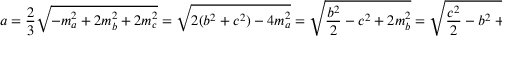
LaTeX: a = { \frac { 2 } { 3 } } { \sqrt { - m _ { a } ^ { 2 } + 2 m _ { b } ^ { 2 } + 2 m _ { c } ^ { 2 } } } = { \sqrt { 2 ( b ^ { 2 } + c ^ { 2 } ) - 4 m _ { a } ^ { 2 } } } = { \sqrt { { \frac { b ^ { 2 } } { 2 } } - c ^ { 2 } + 2 m _ { b } ^ { 2 } } } = { \sqrt { { \frac { c ^ { 2 } } { 2 } } - b ^ { 2 } + 2 m _ { c } ^ { 2 } } } ,